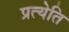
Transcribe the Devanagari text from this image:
प्रत्येति